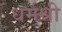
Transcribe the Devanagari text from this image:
धर्मश्री